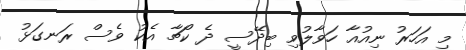
މި އަހަރު ނިއުއާ ހަވާލުވި ބިދޭސީ ދެ ކޯޗާ އެކު ވެސް ރަނގަޅު